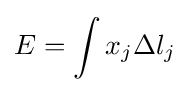
E=\int x_{j}\Delta l_{j}